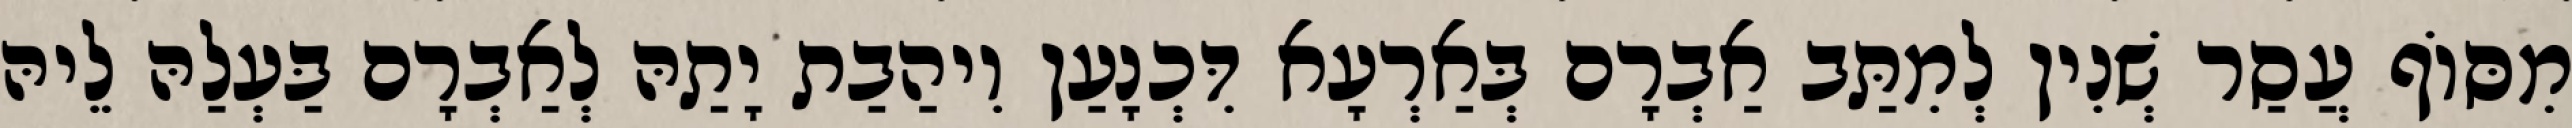
מִסּוֹף עֲסַר שְׁנִין לְמִתַּב אַבְרָם בְּאַרְעָא דִּכְנָעַן וִיהַבַת יָתַהּ לְאַבְרָם בַּעְלַהּ לֵיהּ